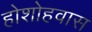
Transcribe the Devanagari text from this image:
होशोहवास